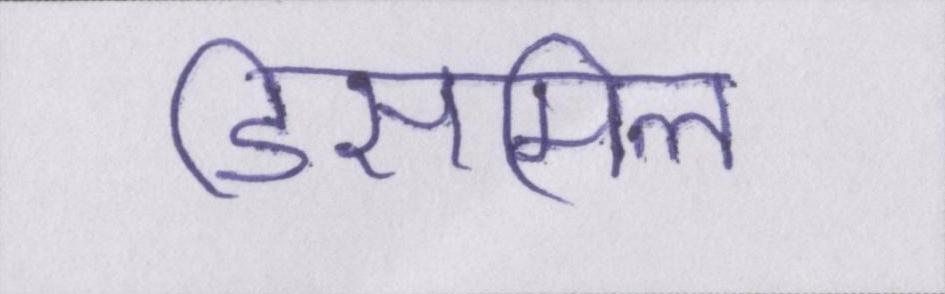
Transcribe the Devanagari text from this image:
डिसमिल